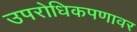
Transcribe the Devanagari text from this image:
उपरोधिकपणावर